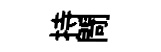
持閜